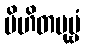
မိဟိတပုဗ္ဗံ